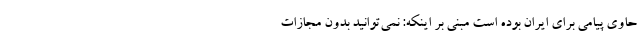
حاوی پیامی برای ایران بوده است مبنی بر اینکه: نمی‌توانید بدون مجازات